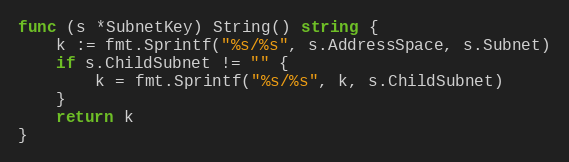
Language: Go
func (s *SubnetKey) String() string {
	k := fmt.Sprintf("%s/%s", s.AddressSpace, s.Subnet)
	if s.ChildSubnet != "" {
		k = fmt.Sprintf("%s/%s", k, s.ChildSubnet)
	}
	return k
}